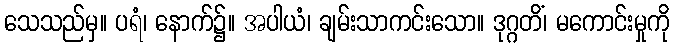
သေသည်မှ။ ပရံ၊ နောက်၌။ အပါယံ၊ ချမ်းသာကင်းသော။ ဒုဂ္ဂတိံ၊ မကောင်းမှုကို